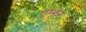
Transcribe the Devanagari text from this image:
एम्डेन